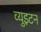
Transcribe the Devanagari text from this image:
व्युइटन